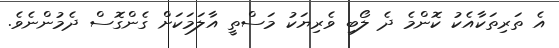
އެ ތަރިތަކާއެކު ކޮންމެ ދެ ލޯބި ވެރިޔަކު މަސްތީ އާލަމަކަށް ގެންގޮސް ދެމުންނެވެ.